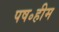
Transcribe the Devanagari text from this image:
पष॰हीम